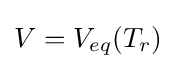
V=V_{eq}(T_{r})